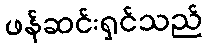
ဖန်ဆင်းရှင်သည်